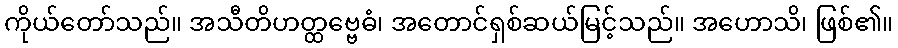
ကိုယ်တော်သည်။ အသီတိဟတ္ထဗ္ဗေဓံ၊ အတောင်ရှစ်ဆယ်မြင့်သည်။ အဟောသိ၊ ဖြစ်၏။